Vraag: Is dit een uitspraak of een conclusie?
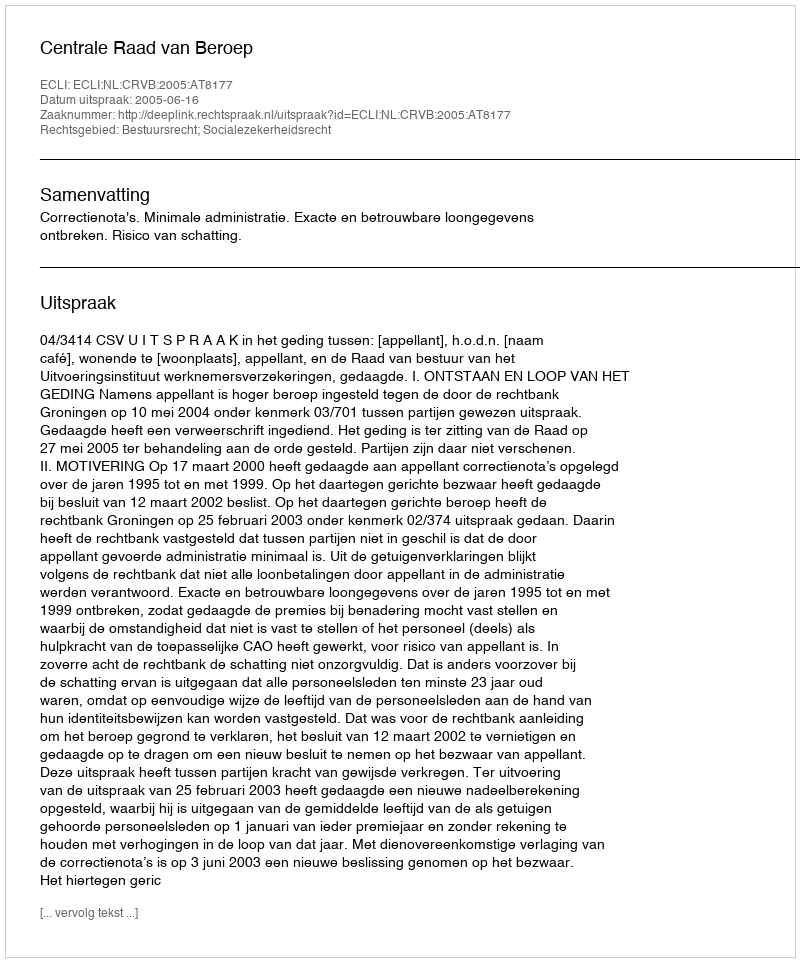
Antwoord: Uitspraak